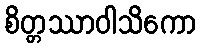
စိတ္တဿာဝါသိကော